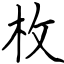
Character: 枚